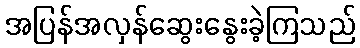
အပြန်အလှန်ဆွေးနွေးခဲ့ကြသည်